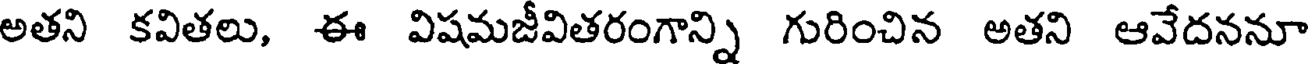
అతని కవితలు, ఈ విషమజీవితరంగాన్ని గురించిన అతని ఆవేదననూ